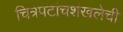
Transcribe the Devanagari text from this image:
चित्रपटांचशंखलेची